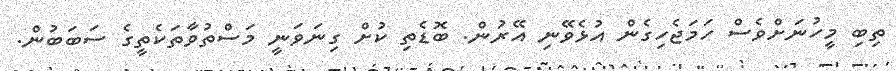
ތިބި މީހުނަށްވެސް ހަމަޖެހިގެން އުޅެވޭނި އޭރުން. ބޮޑެތި ކުށް ގިނަވަނީ މަސްތުވާތަކެތީގެ ސަބަބުން.